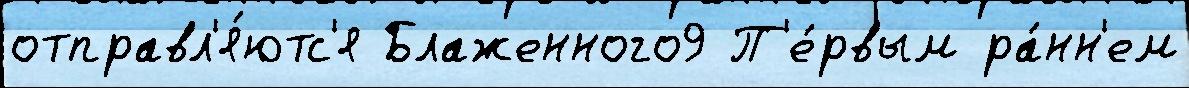
отправл'я́ютс'я Блаженного9 П'е́рвым ра́нн'ем